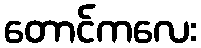
တောင်ကလေး